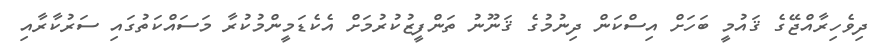
ދިވެހިރާއްޖޭގެ ޤައުމީ ބަހަށް އިސްކަން ދިނުމުގެ ޤަނޫނު ތަންފީޒުކުރުމަށް އެކެޑަމީންމުކުރާ މަސައްކަތުގައި ސަރުކާރާއި